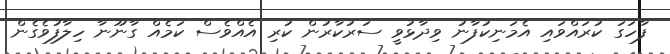
ފާހަގަ ކުރައްވައި އެމަނިކުފާނު ވިދާޅުވީ ސަރުކާރުން ކުރި އެއްވެސް ކަމެއް ގާނޫނާ ހިލާފުވެގެން